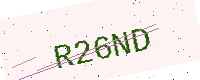
Text: R26ND